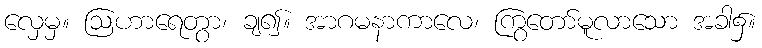
လှေမှ။ ဩဟာရေတွာ၊ ချ၍။ အာဂမနာကာလေ၊ ကြွတော်မူလာသော အခါ၌။